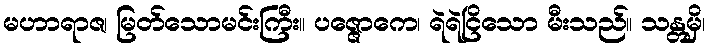
မဟာရာဇ၊ မြတ်သောမင်းကြီး။ ပဇ္ဇောကေ၊ ရဲရဲငြိသော မီးသည်။ သန္တမှိ၊